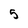
Character: 5